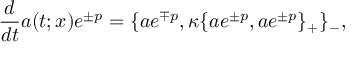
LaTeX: \frac { d } { d t } a ( t ; x ) e ^ { \pm p } = \{ a e ^ { \mp p } , \kappa \{ a e ^ { \pm p } , a e ^ { \pm p } \} _ { + } \} _ { - } ,